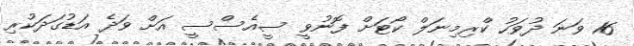
16 ވަނަ ދުވަހު ކްރިމިނަލް ކޯޓަށް ފޮނުވީ ސީއެސްސީ އަށް ވަދެ އަޑުގަދަކުރި